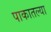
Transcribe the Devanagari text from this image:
पाकातल्या